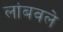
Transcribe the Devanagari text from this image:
लांबवले